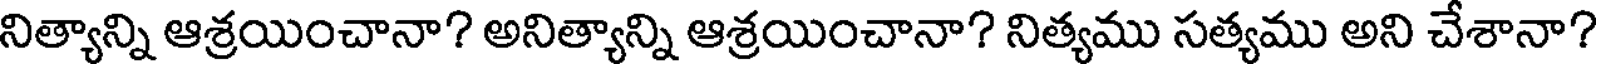
నిత్యాన్ని ఆశ్రయించానా? అనిత్యాన్ని ఆశ్రయించానా? నిత్యము సత్యము అని చేశానా?